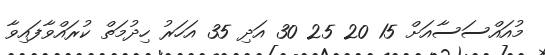
މުއައްސަސާއަށް 15 20 25 30 އަދި 35 އަހަރު ހިދުމަތް ކުރައްވާފައިވާ